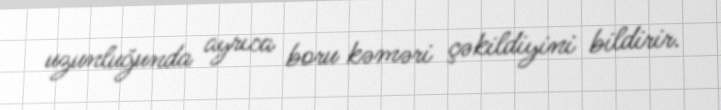
uzunluğunda ayrıca boru kəməri çəkildiyini bildirir.